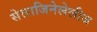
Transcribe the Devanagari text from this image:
सेलाजिनेलेलीज